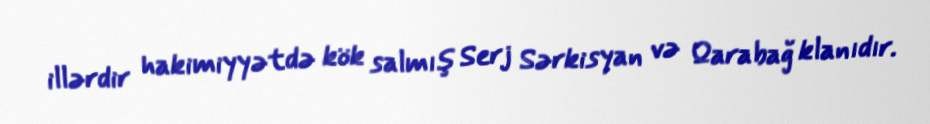
illərdir hakimiyyətdə kök salmış Serj Sərkisyan və Qarabağ klanıdır.